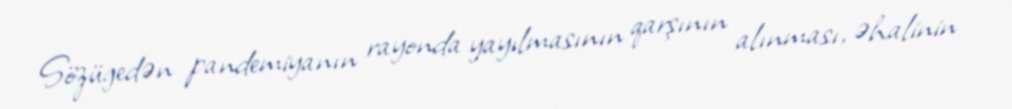
Sözügedən pandemiyanın rayonda yayılmasının qarşının alınması, əhalinin